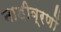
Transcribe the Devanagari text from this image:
नाड़ीव्रणों